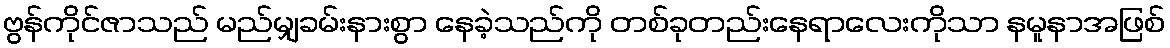
ဗွန်ကိုင်ဇာသည် မည်မျှခမ်းနားစွာ နေခဲ့သည်ကို တစ်ခုတည်းနေရာလေးကိုသာ နမူနာအဖြစ်